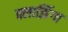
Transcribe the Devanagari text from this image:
क्लाझिंगा